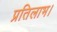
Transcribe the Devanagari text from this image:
प्रतिलाभ।